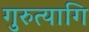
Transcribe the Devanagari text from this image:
गुरुत्यागि